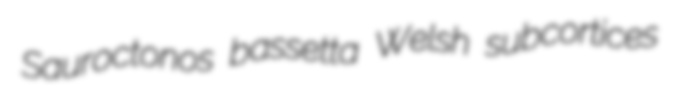
Sauroctonos bassetta Welsh subcortices